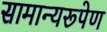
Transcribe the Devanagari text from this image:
सामान्यरूपेण